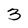
Character: 3